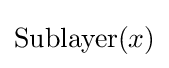
\mathrm {Sublayer} (x)